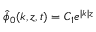
\hat { \phi } _ { 0 } ( k , z , t ) = C _ { 1 } e ^ { | k | z }